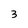
Character: 3